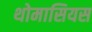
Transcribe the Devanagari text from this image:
थोमासियस